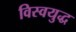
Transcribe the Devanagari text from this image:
विस्वयुद्ध